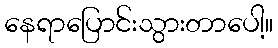
နေရာပြောင်းသွားတာပေါ့။